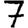
Digit: 7